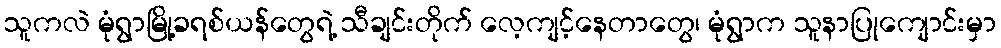
သူကလဲ မုံရွာမြို့ခရစ်ယန်တွေရဲ့ သီချင်းတိုက် လေ့ကျင့်နေတာတွေ၊ မုံရွာက သူနာပြုကျောင်းမှာ